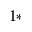
^ { 1 \ast }